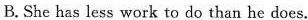
B. She has less work to do than he does.